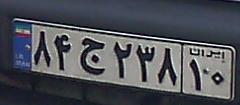
۸۴ج۲۳۸۱۰